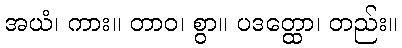
အယံ၊ ကား။ တာဝ၊ စွာ။ ပဒတ္ထော၊ တည်း။